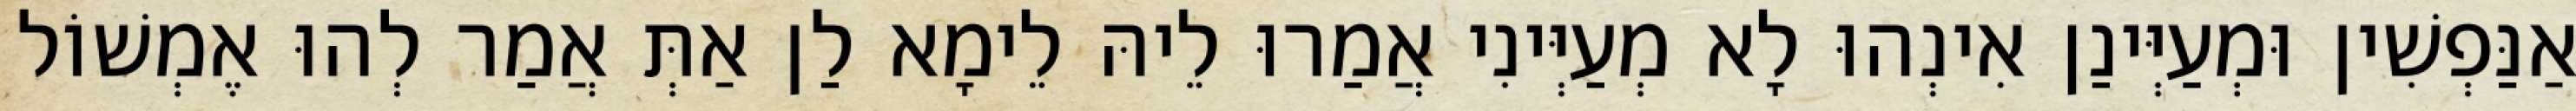
אַנַּפְשִׁין וּמְעַיְּינַן אִינְהוּ לָא מְעַיְּינִי אֲמַרוּ לֵיהּ לֵימָא לַן אַתְּ אֲמַר לְהוּ אֶמְשׁוֹל